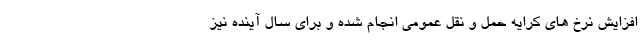
افزایش نرخ های کرایه حمل و نقل عمومی انجام شده و برای سال آینده نیز